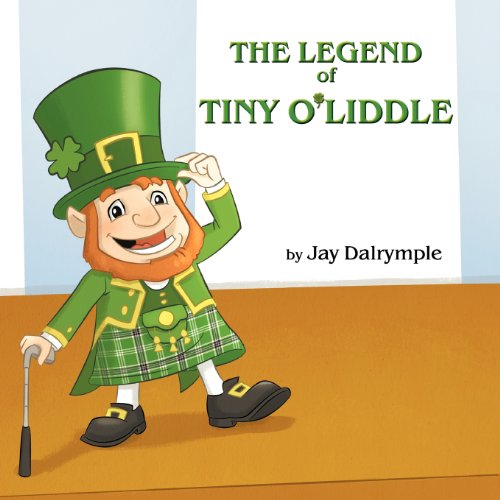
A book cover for The Legend of Tiny O'Liddle; Jay Dalrymple; Children's Books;